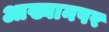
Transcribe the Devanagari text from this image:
आख्यानपर